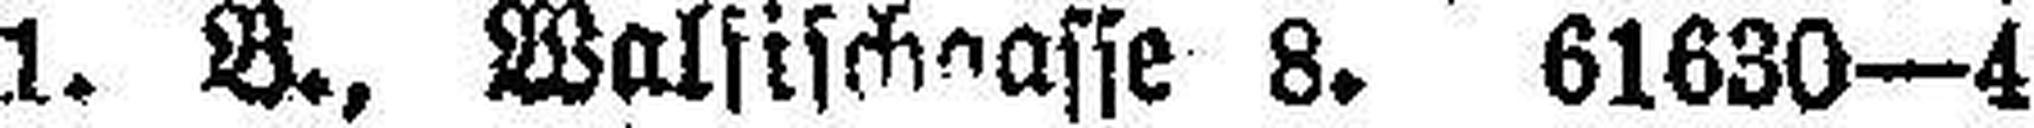
1. B., Walfischaasse 8. 61630—4